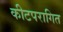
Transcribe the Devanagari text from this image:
कीटपरागित